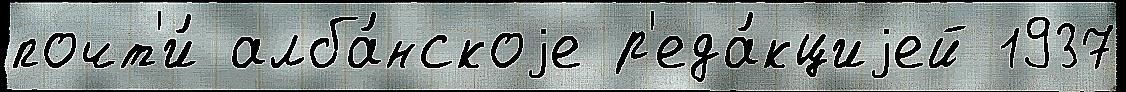
почт'и́ алба́нскоjе р'еда́кциjей 1937